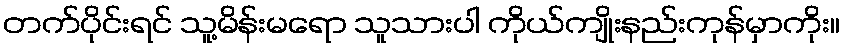
တက်ပိုင်းရင် သူ့မိန်းမရော သူသားပါ ကိုယ်ကျိုးနည်းကုန်မှာကိုး။